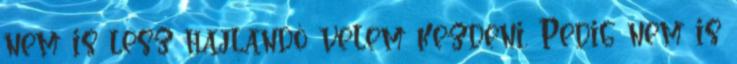
nem is lesz hajlandó velem kezdeni. Pedig nem is